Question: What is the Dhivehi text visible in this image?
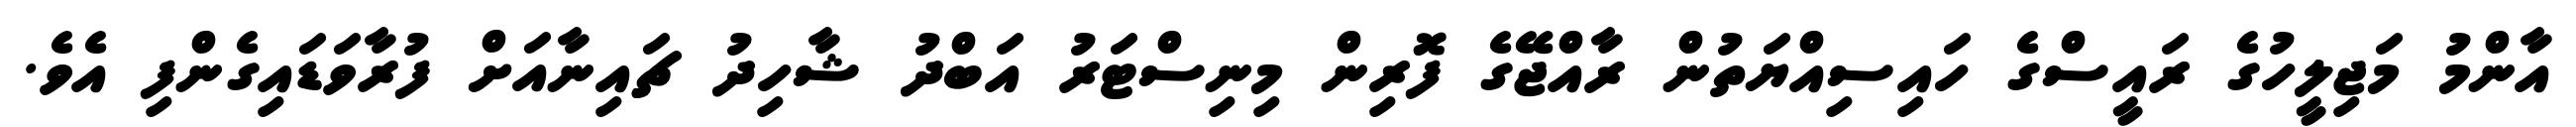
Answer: އާންމު މަޖިލީހުގެ ރައީސްގެ ހައިސިއްޔަތުން ރާއްޖޭގެ ފޮރިން މިނިސްޓަރު އަބްދު ޝާހިދު ޗައިނާއަށް ފުރާވަޑައިގެންފި އެވެ.